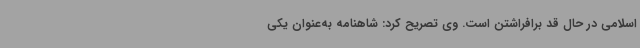
اسلامی در حال قد برافراشتن است. وی تصریح کرد: شاهنامه به‌عنوان یکی